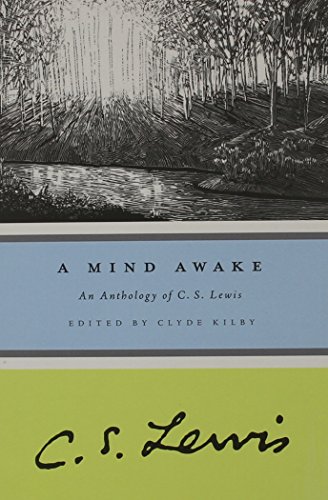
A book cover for A Mind Awake: An Anthology of C. S. Lewis; C. S. Lewis; Literature & Fiction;